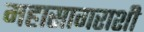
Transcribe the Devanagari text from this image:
महासागराशी